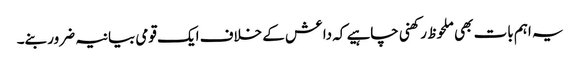
یہ اہم بات بھی ملحوظ رکھنی چاہیے کہ داعش کے خلاف ایک قومی بیانیہ ضرور بنے۔